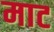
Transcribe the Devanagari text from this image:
माट